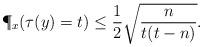
LaTeX: \begin{align*} \P_x(\tau(y) = t) \le \frac{1}{2}\sqrt{\frac{n}{t(t - n)}}. \end{align*}